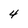
Character: 4